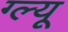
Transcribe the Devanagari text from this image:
ग्ल्यू